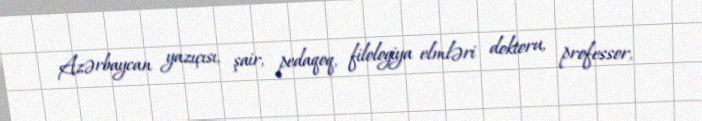
Azərbaycan yazıçısı, şair, pedaqoq, filologiya elmləri doktoru, professor,